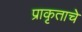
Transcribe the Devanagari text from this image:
प्राकृताचे